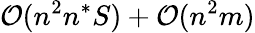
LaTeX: \mathcal O(n^{2}n^{*}S)+\mathcal O(n^{2}m)